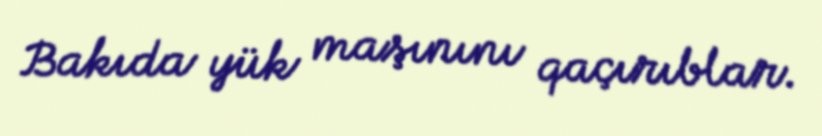
Bakıda yük maşınını qaçırıblar.